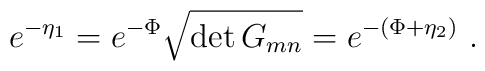
e^{-\eta_1}=e^{-\Phi}\sqrt{\det G_{mn}}=e^{-(\Phi+\eta_2)}\ .